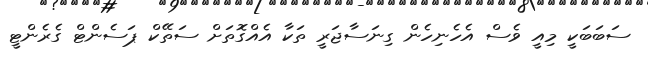
ސަބަބަކީ މިއީ ވެސް އެހެނިހެން ގިނަސާޖަރީ ތަކާ އެއްގޮތަށް ސަތޭކް ޕަސެންޓް ގެރެންޓީ